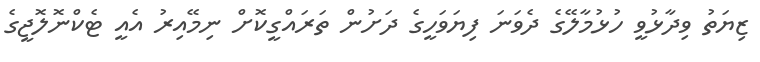
ޒިޔަތު ވިދާޅުވީ ހުޅުމާލޭގެ ދެވަނަ ފިޔަވަހީގެ ދަށުން ތަރައްގީކޮށް ނިމޭއިރު އެއީ ޓެކްނޮލޮޖީގެ